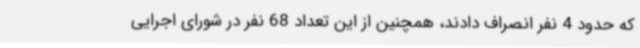
که حدود 4 نفر انصراف دادند، همچنین از این تعداد 68 نفر در شورای اجرایی